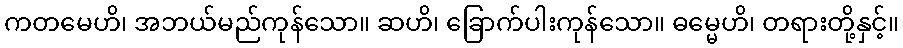
ကတမေဟိ၊ အဘယ်မည်ကုန်သော။ ဆဟိ၊ ခြောက်ပါးကုန်သော။ ဓမ္မေဟိ၊ တရားတို့နှင့်။